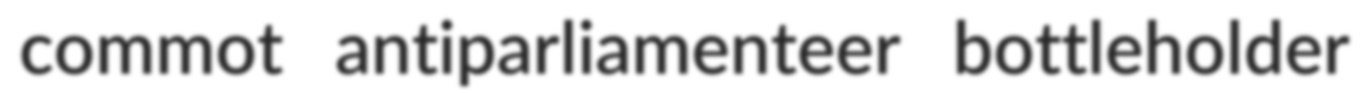
commot antiparliamenteer bottleholder